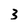
Character: 3